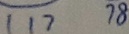
1 1 7 7 8